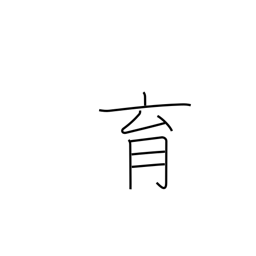
Meaning: bring up